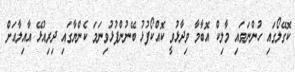
ކޮގޭލޯގައި ހުންނަވައި މާލިކް އޮބާމާ ވިދާޅުވީ ކޮއްކޯފުޅު ބޭނުންފުޅުވިނަމަ ކެންޔާގައި ދިރިއުޅޭ އާއިލާއަށް